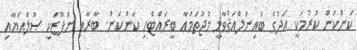
ކަންކަން ކުރުމަކީ އަދުގެ ބައިނަލްއަޤުވާމީ މުޖުތަމަޢާ ބީރައްޓެހި ކަންކަން. ބާރާއި ނުފޫޒަކީ ޞުލްޙަޔާއި